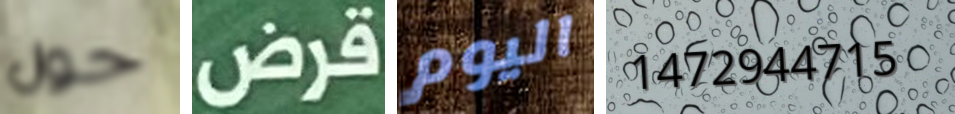
حول قرض اليوم 1472944715